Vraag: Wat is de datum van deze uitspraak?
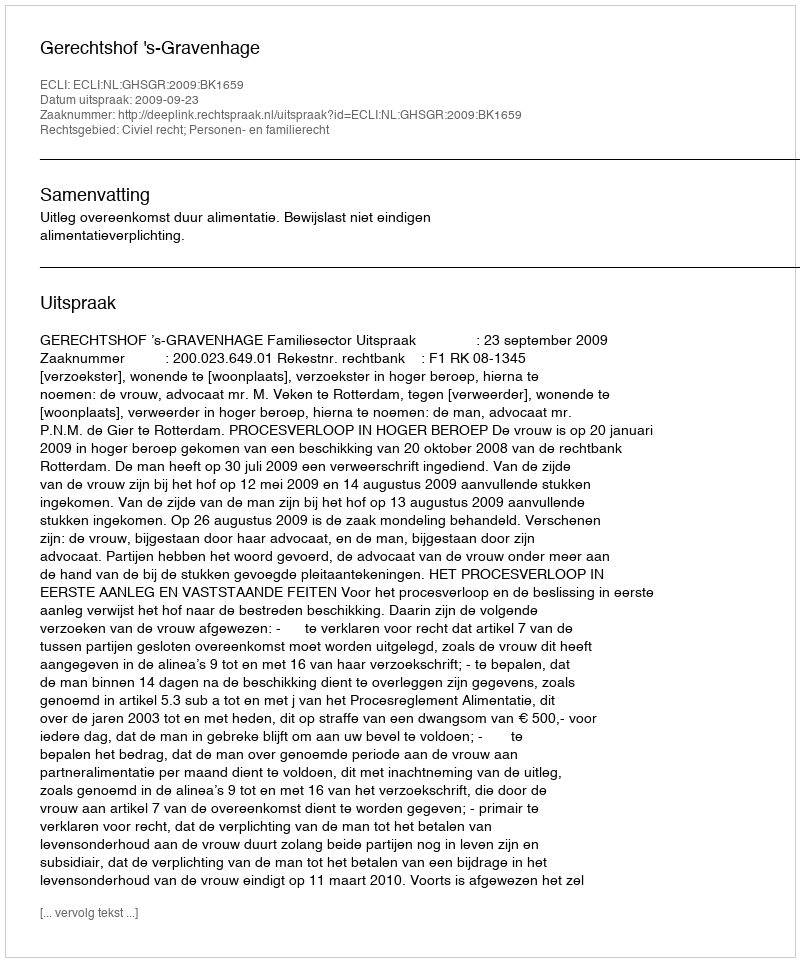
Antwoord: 2009-09-23